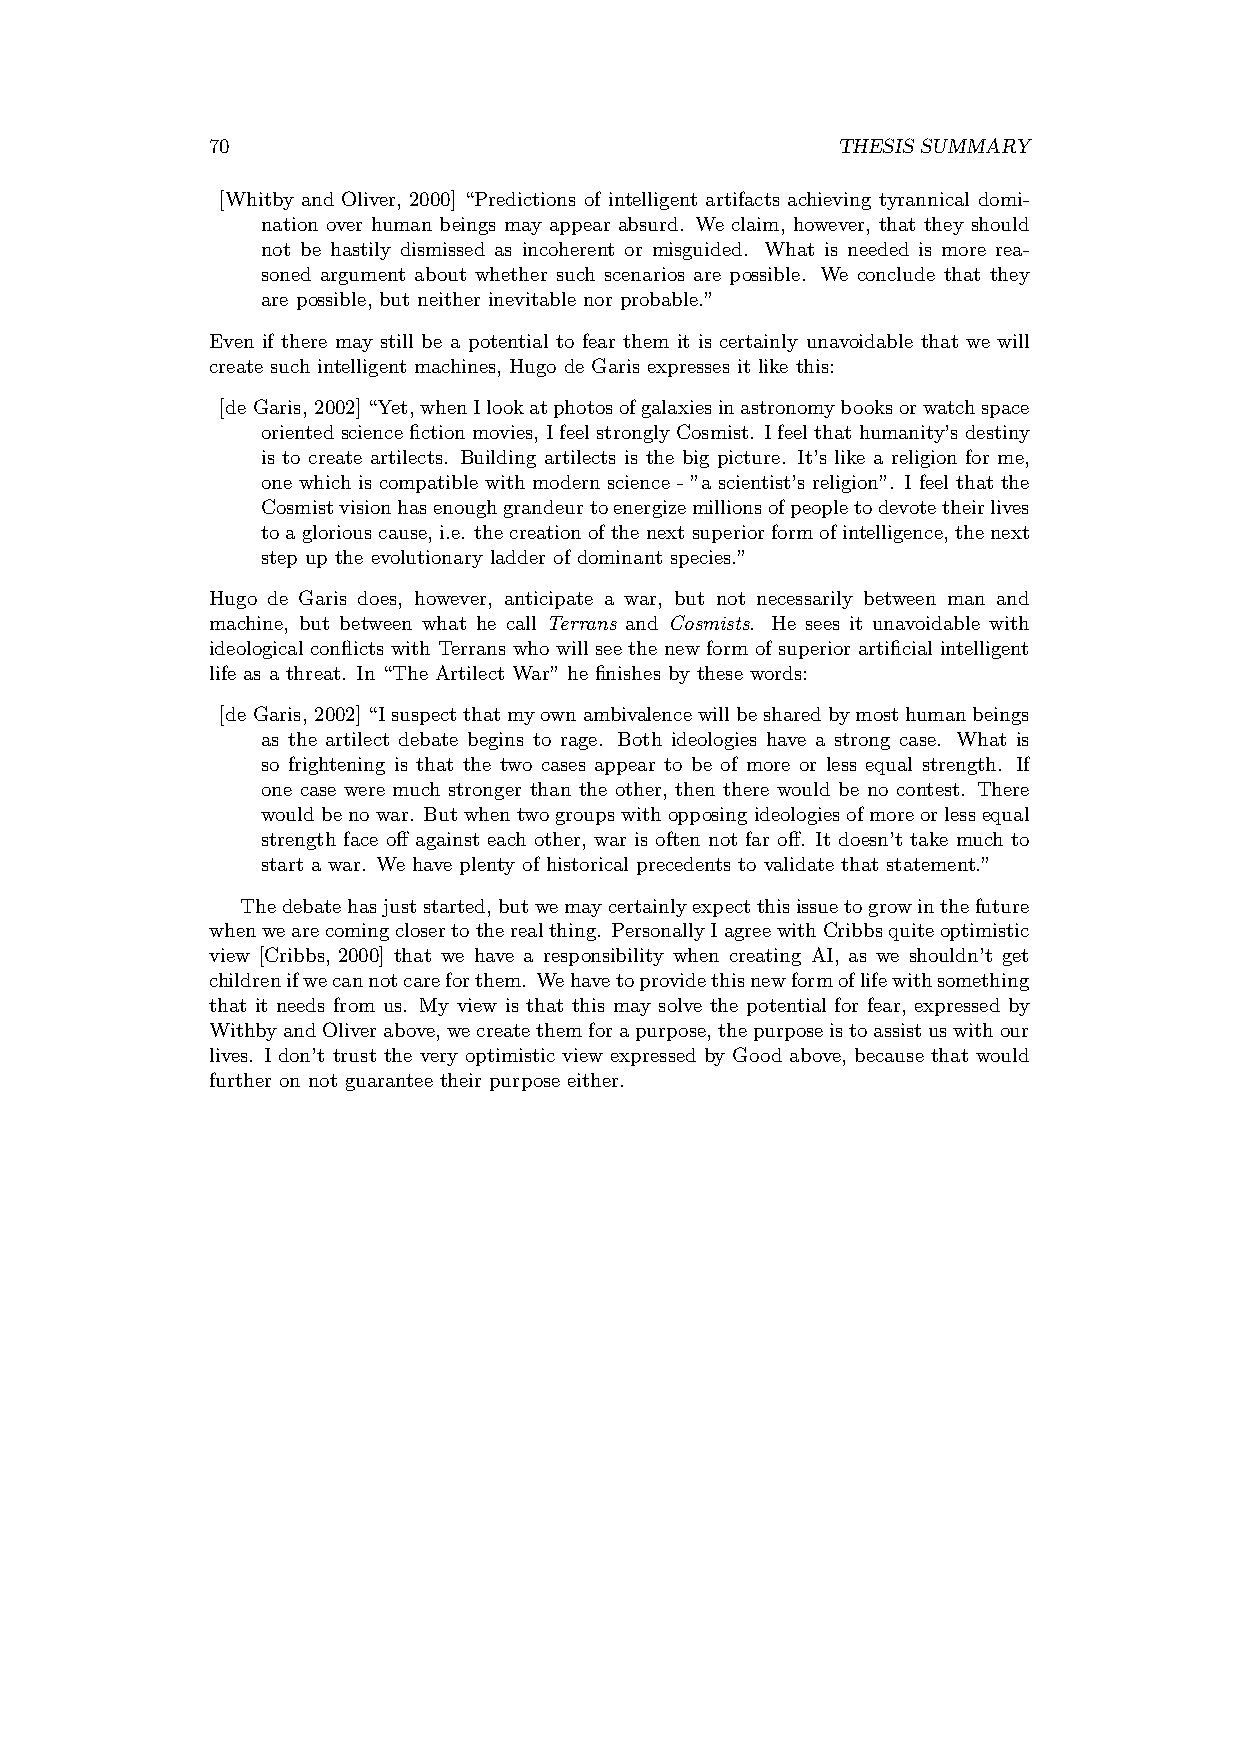
70                                       THESIS SUMMARY
 [Whitby and Oliver, 2000] “Predictions of intelligent artifacts achieving tyrannical domi-
 nation over human beings may appear absurd. We claim, however, that they should
 not be hastily dismissed as incoherent or misguided. What is needed is more rea-
 soned argument about whether such scenarios are possible. We conclude that they
 are possible, but neither inevitable nor probable.”
 Even if there may still be a potential to fear them it is certainly unavoidable that we will
 create such intelligent machines, Hugo de Garis expresses it like this:
 [de Garis, 2002]“Yet,whenIlookatphotosofgalaxiesinastronomybooksorwatchspace
 oriented science fiction movies, I feel strongly Cosmist. I feel that humanity’s destiny
 is to create artilects. Building artilects is the big picture. It’s like a religion for me,
 one which is compatible with modern science - ”a scientist’s religion”. I feel that the
 Cosmistvisionhasenoughgrandeurtoenergizemillionsofpeopletodevotetheirlives
 toagloriouscause, i.e. thecreationofthenextsuperiorformofintelligence, thenext
 step up the evolutionary ladder of dominant species.”
 Hugo de Garis does, however, anticipate a war, but not necessarily between man and
 machine, but between what he call Terrans and Cosmists. He sees it unavoidable with
 ideological conflicts with Terrans who will see the new form of superior artificial intelligent
 life as a threat. In “The Artilect War” he finishes by these words:
 [de Garis, 2002]“Isuspectthatmyownambivalencewillbesharedbymosthumanbeings
 as the artilect debate begins to rage. Both ideologies have a strong case. What is
 so frightening is that the two cases appear to be of more or less equal strength. If
 one case were much stronger than the other, then there would be no contest. There
 wouldbenowar. Butwhentwogroupswithopposingideologiesofmoreorlessequal
 strength face off against each other, war is often not far off. It doesn’t take much to
 start a war. We have plenty of historical precedents to validate that statement.”
 Thedebatehasjuststarted,butwemaycertainlyexpectthisissuetogrowinthefuture
 whenwearecomingclosertotherealthing. PersonallyIagreewithCribbsquiteoptimistic
 view [Cribbs, 2000] that we have a responsibility when creating AI, as we shouldn’t get
 childrenifwecannotcareforthem. Wehavetoprovidethisnewformoflifewithsomething
 that it needs from us. My view is that this may solve the potential for fear, expressed by
 WithbyandOliverabove,wecreatethemforapurpose,thepurposeistoassistuswithour
 lives. I don’t trust the very optimistic view expressed by Good above, because that would
 further on not guarantee their purpose either.